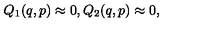
Q _ { 1 } ( q , p ) \approx 0 , Q _ { 2 } ( q , p ) \approx 0 ,